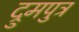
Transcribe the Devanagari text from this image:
द्रुमपुत्र